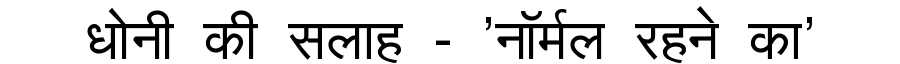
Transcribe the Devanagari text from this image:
धोनी की सलाह - 'नॉर्मल रहने का'